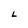
Character: L